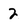
Character: 2